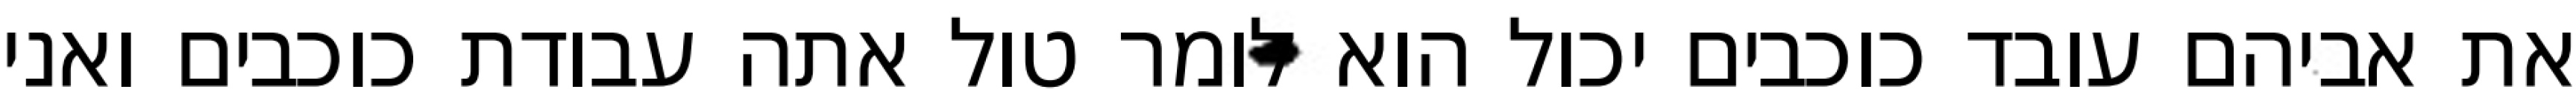
את אביהם עובד כוכבים יכול הוא לומר טול אתה עבודת כוכבים ואני